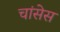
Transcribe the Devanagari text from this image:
चांसेस